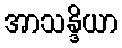
အာသန္ဒိယာ